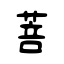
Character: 菩